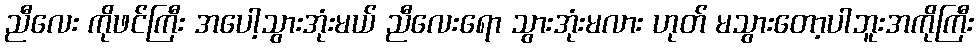
ညီလေး ကိုဖင်ကြီး အပေါ့သွားအုံးမယ် ညီလေးရော သွားအုံးမလား ဟုတ် မသွားတော့ပါဘူးအကိုကြီး